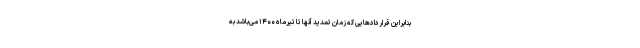
بنابراین قراردادهایی که زمان تمدید آنها تا تیرماه ۱۴۰۰ می‌باشد به